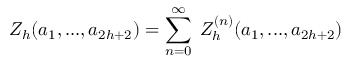
Z _ { h } ( a _ { 1 } , . . . , a _ { 2 h + 2 } ) = \sum _ { n = 0 } ^ { \infty } \; Z _ { h } ^ { ( n ) } ( a _ { 1 } , . . . , a _ { 2 h + 2 } )